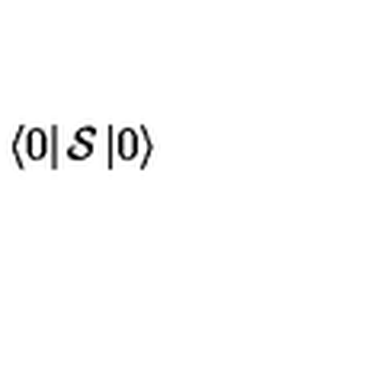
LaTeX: \left< 0 \right| { \cal { S } } \left| 0 \right>